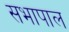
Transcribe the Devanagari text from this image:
सभापाल